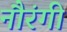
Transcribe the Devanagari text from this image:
नौरंगी